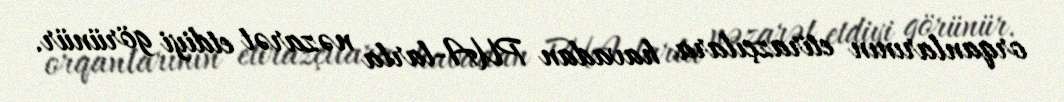
orqanlarının etirazçılara havadan PUA-larla nəzarət etdiyi görünür.